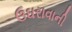
ઉઘરાવાની